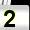
Digit: 2